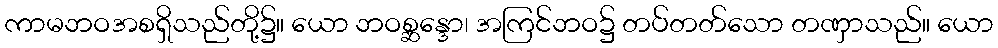
ကာမဘဝအစရှိသည်တို့၌။ ယော ဘဝစ္ဆန္ဒော၊ အကြင်ဘဝ၌ တပ်တတ်သော တဏှာသည်။ ယော